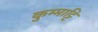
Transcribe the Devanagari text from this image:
कुम्माट्टि